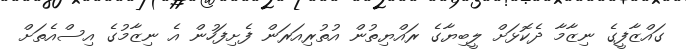
ގައްޒާފީގެ ނިޒާމާ ދެކޮޅަށް ލީބިޔާގެ ރައްޔިތުން އުތުރިއަރަން ފެށިފަހުން އެ ނިޒާމުގެ އިސްއެތަށް